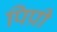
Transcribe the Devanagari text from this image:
पिप्री